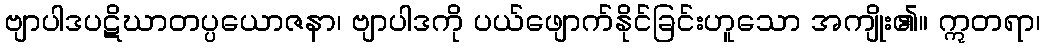
ဗျာပါဒပဋိဃာတပ္ပယောဇနာ၊ ဗျာပါဒကို ပယ်ဖျောက်နိုင်ခြင်းဟူသော အကျိုး၏။ ဣတရာ၊